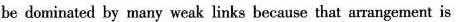
be dominated by many weak links because that arrangement is